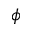
\phi